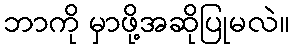
ဘာကို မှာဖို့အဆိုပြုမလဲ။